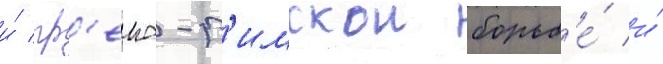
и́ гр'еко-р'имскои борьб'е́ и́